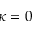
\kappa = 0